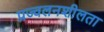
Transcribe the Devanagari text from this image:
प्रज्वलनशीलता